Report of the Indian Hemp Drugs Commission, 1894-1895 - Volume II
Year: 1894
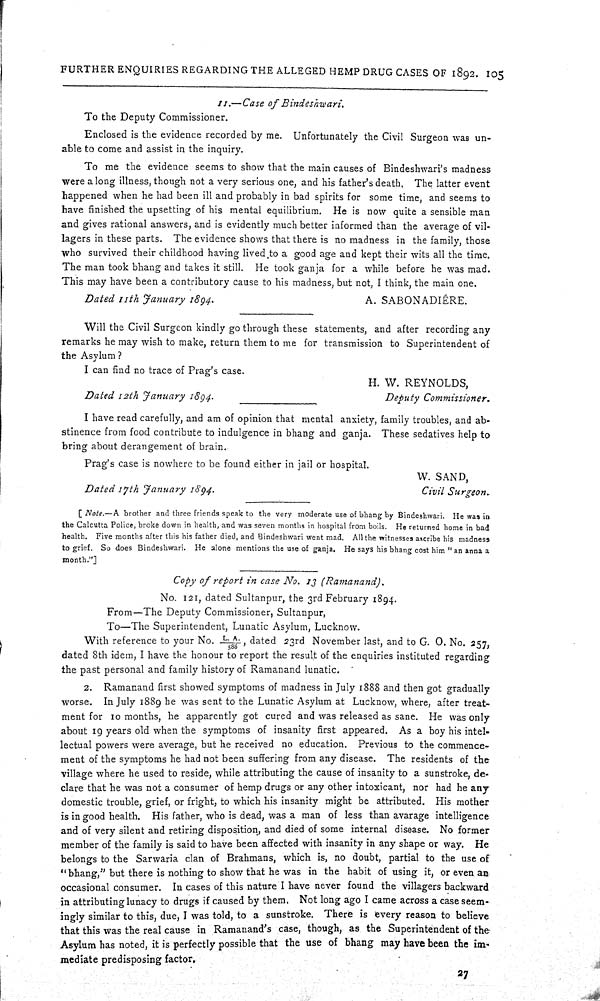
FURTHER ENQUIRIES REGARDING THE ALLEGED HEMP DRUG CASES OF 1892. 105
11.—Case of Bindeshwari.
To the Deputy Commissioner.
Enclosed is the evidence recorded by me. Unfortunately the Civil Surgeon was un-
able to come and assist in the inquiry.
To me the evidence seems to show that the main causes of Bindeshwari's madness
were a long illness, though not a very serious one, and his father's death. The latter event
happened when he had been ill and probably in bad spirits for some time, and seems to
have finished the upsetting of his mental equilibrium. He is now quite a sensible man
and gives rational answers, and is evidently much better informed than the average of vil-
lagers in these parts. The evidence shows that there is no madness in the family, those
who survived their childhood having lived to a good age and kept their wits all the time.
The man took bhang and takes it still. He took ganja for a while before he was mad.
This may have been a contributory cause to his madness, but not, I think, the main one.
Dated 11th January 1894.
A. SABONADIÉRE.
Will the Civil Surgeon kindly go through these statements, and after recording any
remarks he may wish to make, return them to me for transmission to Superintendent of
the Asylum ?
I can find no trace of Prag's case.
H. W. REYNOLDS,
Dated 12th January 1894.
Deputy Commissioner.
I have read carefully, and am of opinion that mental anxiety, family troubles, and ab-
stinence from food contribute to indulgence in bhang and ganja. These sedatives help to
bring about derangement of brain.
Prag's case is nowhere to be found either in jail or hospital.
W. SAND,
Dated 17th January 1894.
Civil Surgeon.
[Note.—A brother and three friends speak to the very moderate use of bhang by Bindeshwari. He was in
the Calcutta Police, broke down in health, and was seven months in hospital from boils. He returned home in bad
health. Five months after this his father died, and Bindeshwari went mad. All the witnesses ascribe his madness
to grief. So does Bindeshwari. He alone mentions the use of ganja. He says his bhang cost him "an anna a
month."]
Copy of report in case No. 13 (Ramanand).
No. 121, dated Sultanpur, the 3rd February 1894.
From—The Deputy Commissioner, Sultanpur,
To—The Superintendent, Lunatic Asylum, Lucknow.
With reference to your No. L.A./588, dated 23rd November last, and to G. O. No. 257,
dated 8th idem, I have the honour to report the result of the enquiries instituted regarding
the past personal and family history of Ramanand lunatic.
2. Ramanand first showed symptoms of madness in July 1888 and then got gradually
worse. In July 1889 he was sent to the Lunatic Asylum at Lucknow, where, after treat-
ment for 10 months, he apparently got cured and was released as sane. He was only
about 19 years old when the symptoms of insanity first appeared. As a boy his intel-
lectual powers were average, but he received no education. Previous to the commence-
ment of the symptoms he had not been suffering from any disease. The residents of the
village where he used to reside, while attributing the cause of insanity to a sunstroke, de-
clare that he was not a consumer of hemp drugs or any other intoxicant, nor had he any
domestic trouble, grief, or fright, to which his insanity might be attributed. His mother
is in good health. His father, who is dead, was a man of less than avarage intelligence
and of very silent and retiring disposition, and died of some internal disease. No former
member of the family is said to have been affected with insanity in any shape or way. He
belongs to the Sarwaria clan of Brahmans, which is, no doubt, partial to the use of
"bhang," but there is nothing to show that he was in the habit of using it, or even an
occasional consumer. In cases of this nature I have never found the villagers backward
in attributing lunacy to drugs if caused by them. Not long ago I came across a case seem-
ingly similar to this, due, I was told, to a sunstroke. There is every reason to believe
that this was the real cause in Ramanand's case, though, as the Superintendent of the
Asylum has noted, it is perfectly possible that the use of bhang may have been the im-
mediate predisposing factor.
27